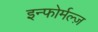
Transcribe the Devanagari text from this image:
इन्फोर्मल्ज़